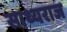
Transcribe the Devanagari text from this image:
साथ्यराज